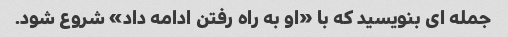
جمله ای بنویسید که با «او به راه رفتن ادامه داد» شروع شود.